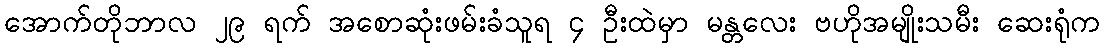
အောက်တိုဘာလ ၂၉ ရက် အစောဆုံးဖမ်းခံသူရ ၄ ဦးထဲမှာ မန္တလေး ဗဟိုအမျိုးသမီး ဆေးရုံက